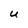
Character: U